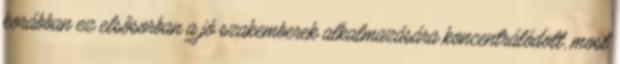
korábban ez elsôsorban a jó szakemberek alkalmazására koncentrálódott, most